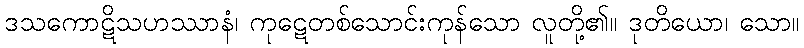
ဒသကောဋိသဟဿာနံ၊ ကုဋေတစ်သောင်းကုန်သော လူတို့၏။ ဒုတိယော၊ သော။